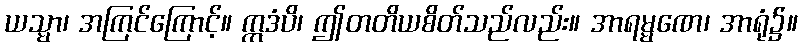
ယသ္မာ၊ အကြင်ကြောင့်။ ဣဒံပိ၊ ဤတတိယစိတ်သည်လည်း။ အာရမ္မဏေ၊ အာရုံ၌။